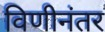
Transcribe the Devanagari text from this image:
विणीनंतर